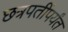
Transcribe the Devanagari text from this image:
छत्रपतींपर्यंत